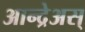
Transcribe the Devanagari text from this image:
आन्द्रेअस्